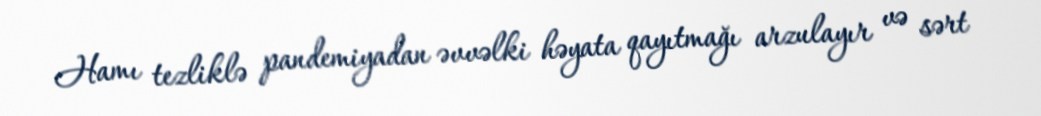
Hamı tezliklə pandemiyadan əvvəlki həyata qayıtmağı arzulayır və sərt